Mental hospitals Bombay report 1929-33 - 1929-1933
Year: 1929
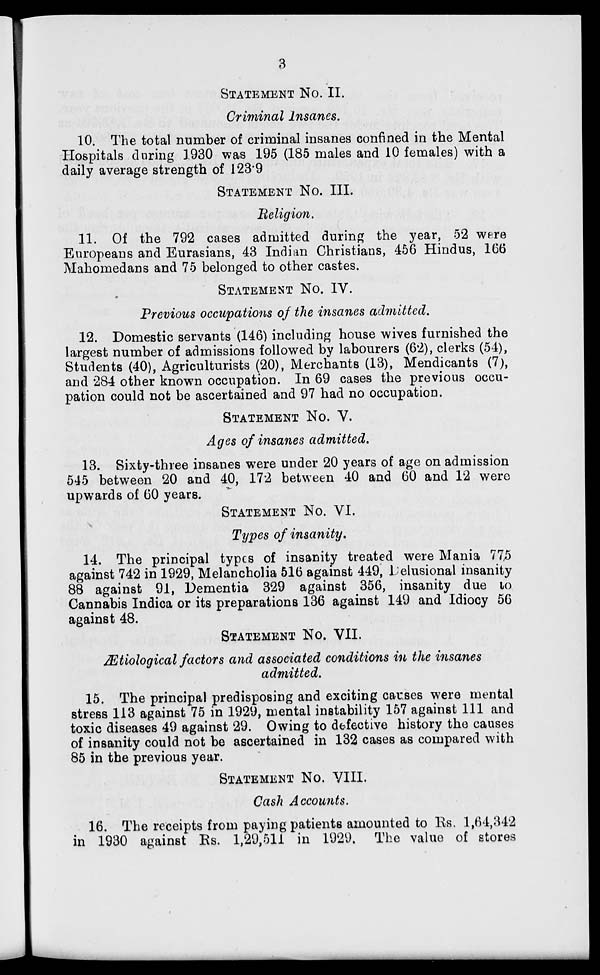
3
STATEMENT No. II.
Criminal Insanes.
10. The total number of criminal insanes confined in the Mental
Hospitals during 1930 was 195 (185 males and 10 females) with a
daily average strength of 123.9
STATEMENT No. III.
Religion.
11. Of the 792 cases admitted during the year, 52 were
Europeans and Eurasians, 43 Indian Christians, 456 Hindus, 166
Mahomedans and 75 belonged to other castes.
STATEMENT No. IV.
Previous occupations of the insanes admitted.
12. Domestic servants (146) including house wives furnished the
largest number of admissions followed by labourers (62), clerks (54),
Students (40), Agriculturists (20), Merchants (13), Mendicants (7),
and 284 other known occupation. In 69 cases the previous occu-
pation could not be ascertained and 97 had no occupation.
STATEMENT No. V.
Ages of insanes admitted.
13. Sixty-three insanes were under 20 years of age on admission
545 between 20 and 40, 172 between 40 and 60 and 12 were
upwards of 60 years.
STATEMENT NO. VI.
Types of insanity.
14. The principal types of insanity treated were Mania 775
against 742 in 1929, Melancholia 516 against 449, Delusional insanity
88 against 91, Dementia 329 against 356, insanity due to
Cannabis Indica or its preparations 136 against 149 and Idiocy 56
against 48.
STATEMENT No. VII.
Ætiological factors and associated conditions in the insanes
admitted.
15. The principal predisposing and exciting causes were mental
stress 113 against 75 in 1929, mental instability 157 against 111 and
toxic diseases 49 against 29. Owing to defective history the causes
of insanity could not be ascertained in 132 cases as compared with
85 in the previous year.
STATEMENT No. VIII.
Cash Accounts.
16. The receipts from paying patients amounted to Rs. 1,64,342
in 1930 against Rs. 1,29,511 in 1929. The value of stores